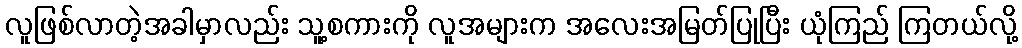
လူဖြစ်လာတဲ့အခါမှာလည်း သူ့စကားကို လူအများက အလေးအမြတ်ပြုပြီး ယုံကြည် ကြတယ်လို့